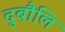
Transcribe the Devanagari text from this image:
दुबौलि